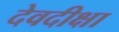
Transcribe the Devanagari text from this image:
देवदीक्षा